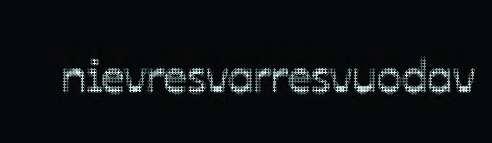
nievresvarresvuodav